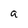
Character: a